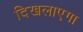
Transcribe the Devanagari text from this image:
दिखलाएगा